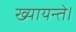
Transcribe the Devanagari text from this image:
ख्यायन्ते।